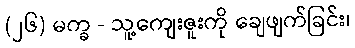
(၂၆) မက္ခ - သူ့ကျေးဇူးကို ချေဖျက်ခြင်း၊